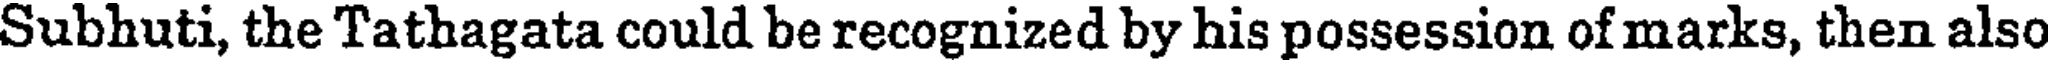
Subhuti, the Tathagata could be recognized by his possession of marks, then also